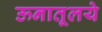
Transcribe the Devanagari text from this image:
ऊनातूलये